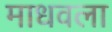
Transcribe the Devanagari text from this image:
माधवला